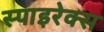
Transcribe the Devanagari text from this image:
स्पाइरेक्स